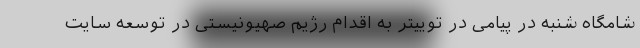
شامگاه شنبه در پیامی در توییتر به اقدام رژیم صهیونیستی در توسعه سایت